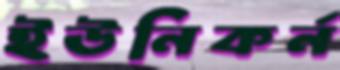
ইউনিকর্ন